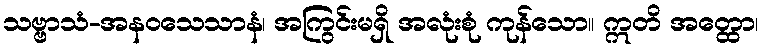
သဗ္ဗာသံ-အနဝသေသာနံ၊ အကြွင်းမရှိ အလုံးစုံ ကုန်သော။ ဣတိ အတ္ထော၊